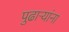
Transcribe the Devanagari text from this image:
पुढाऱ्यांना